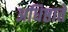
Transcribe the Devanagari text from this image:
अधिष्ठाते